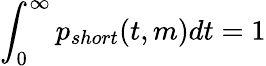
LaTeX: \int_{0}^{\infty}p_{short}(t,m)dt=1